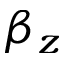
\beta _ { z }